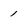
Character: 1